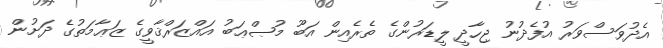
އެދުވަސްވަރު އުފެދުނު ޖިހާދީ ލީޑަރުންގެ ތެރެއިން އަބޫ މުޞްޢަބު އައްޒަރްޤާވީގެ ޒަޢާމަތުގެ ދަށުން